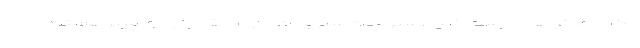
یک چای گیاهی درست کنید. سبزیجات سبزیجات حاوی مقدار زیادی فیبر هستند